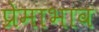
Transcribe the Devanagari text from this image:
प्रेमाभाव